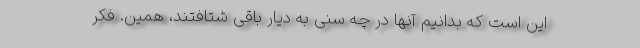
این است که بدانیم آنها در چه سنی به دیار باقی شتافتند، همین. فکر